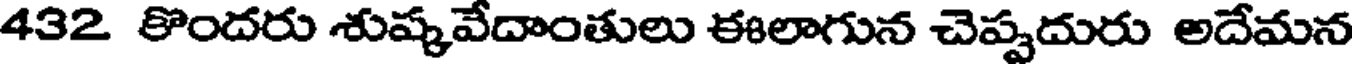
432 కొందరు శుష్కవేదాంతులు ఈలాగున చెప్పదురు అదేమన